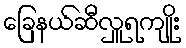
ခြေနယ်ဆီလှူရကျိုး